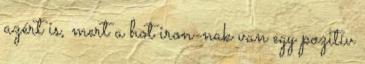
azért is, mert a hot iron-nak van egy pozitív